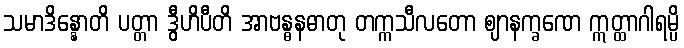
သမာဒိန္နောတိ ပတ္တာ ဒွီဟိပီတိ အာဗန္ဓနဓာတု တက္ကသီလတော ဈာနက္ခဏေ ဣတ္ထာဂါရမ္ပိ